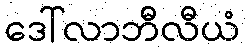
ဒေါ်လာဘီလီယံ